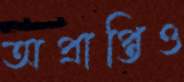
অপ্রাপ্তিও